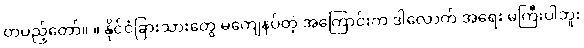
တပည့်တော်။ ။ နိုင်ငံခြားသားတွေ မကျေနပ်တဲ့ အကြောင်းက ဒါလောက် အရေး မကြီးပါဘူး